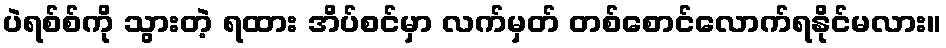
ပဲရစ်စ်ကို သွားတဲ့ ရထား အိပ်စင်မှာ လက်မှတ် တစ်စောင်လောက်ရနိုင်မလား။